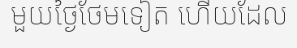
មួយថ្ងៃថែមទៀត ហើយដែល